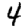
Digit: 4